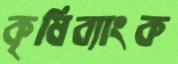
কৃষিব্যাংক